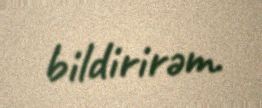
bildirirəm.